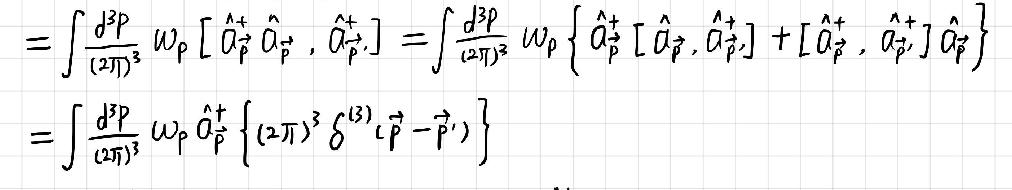
\begin{align*}&=\int\frac{d^{3}p}{(2\pi)^{3}}\omega_{p}\left[\hat{a}_{\vec{p}}^{+}\hat{a}_{\vec{p}}^{+},\hat{a}_{\vec{p}'}\right]=\int\frac{d^{3}p}{(2\pi)^{3}}\omega_{p}\left\{\hat{a}_{\vec{p}}^{+}\left[\hat{a}_{\vec{p}}^{+},\hat{a}_{\vec{p}'}\right]+\left[\hat{a}_{\vec{p}}^{+},\hat{a}_{\vec{p}'}\right]\hat{a}_{\vec{p}}^{+}\right\}\\&=\int\frac{d^{3}p}{(2\pi)^{3}}\omega_{p}\hat{a}_{\vec{p}}^{+}\left\{(2\pi)^{3}\delta^{(3)}(\vec{p}-\vec{p}')\right\}\end{align*}